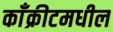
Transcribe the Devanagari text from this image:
काँक्रीटमधील